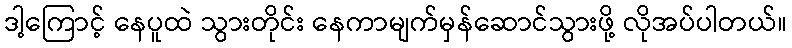
ဒါ့ကြောင့် နေပူထဲ သွားတိုင်း နေကာမျက်မှန်ဆောင်သွားဖို့ လိုအပ်ပါတယ်။